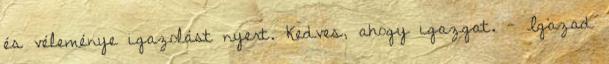
és véleménye igazolást nyert. Kedves, ahogy igazgat. - Igazad